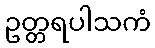
ဥတ္တရပါသကံ